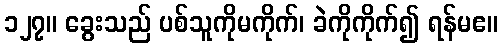
၁၂၇။ ခွေးသည် ပစ်သူကိုမကိုက်၊ ခဲကိုကိုက်၍ ရန်မဧ။